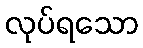
လုပ်ရသော